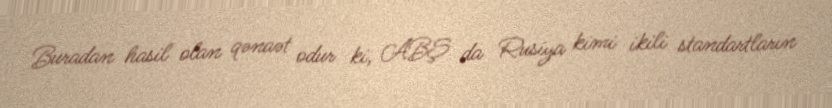
Buradan hasil olan qənaət odur ki, ABŞ da Rusiya kimi ikili standartların